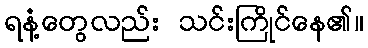
ရနံ့တွေလည်း သင်းကြိုင်နေ၏။